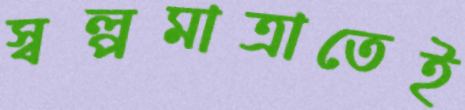
স্বল্পমাত্রাতেই